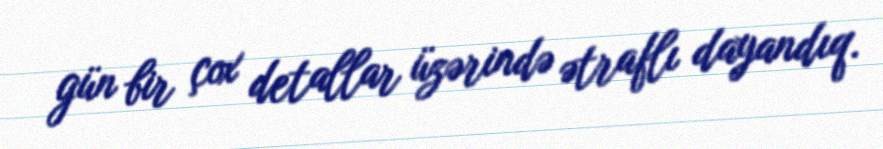
gün bir çox detallar üzərində ətraflı dayandıq.